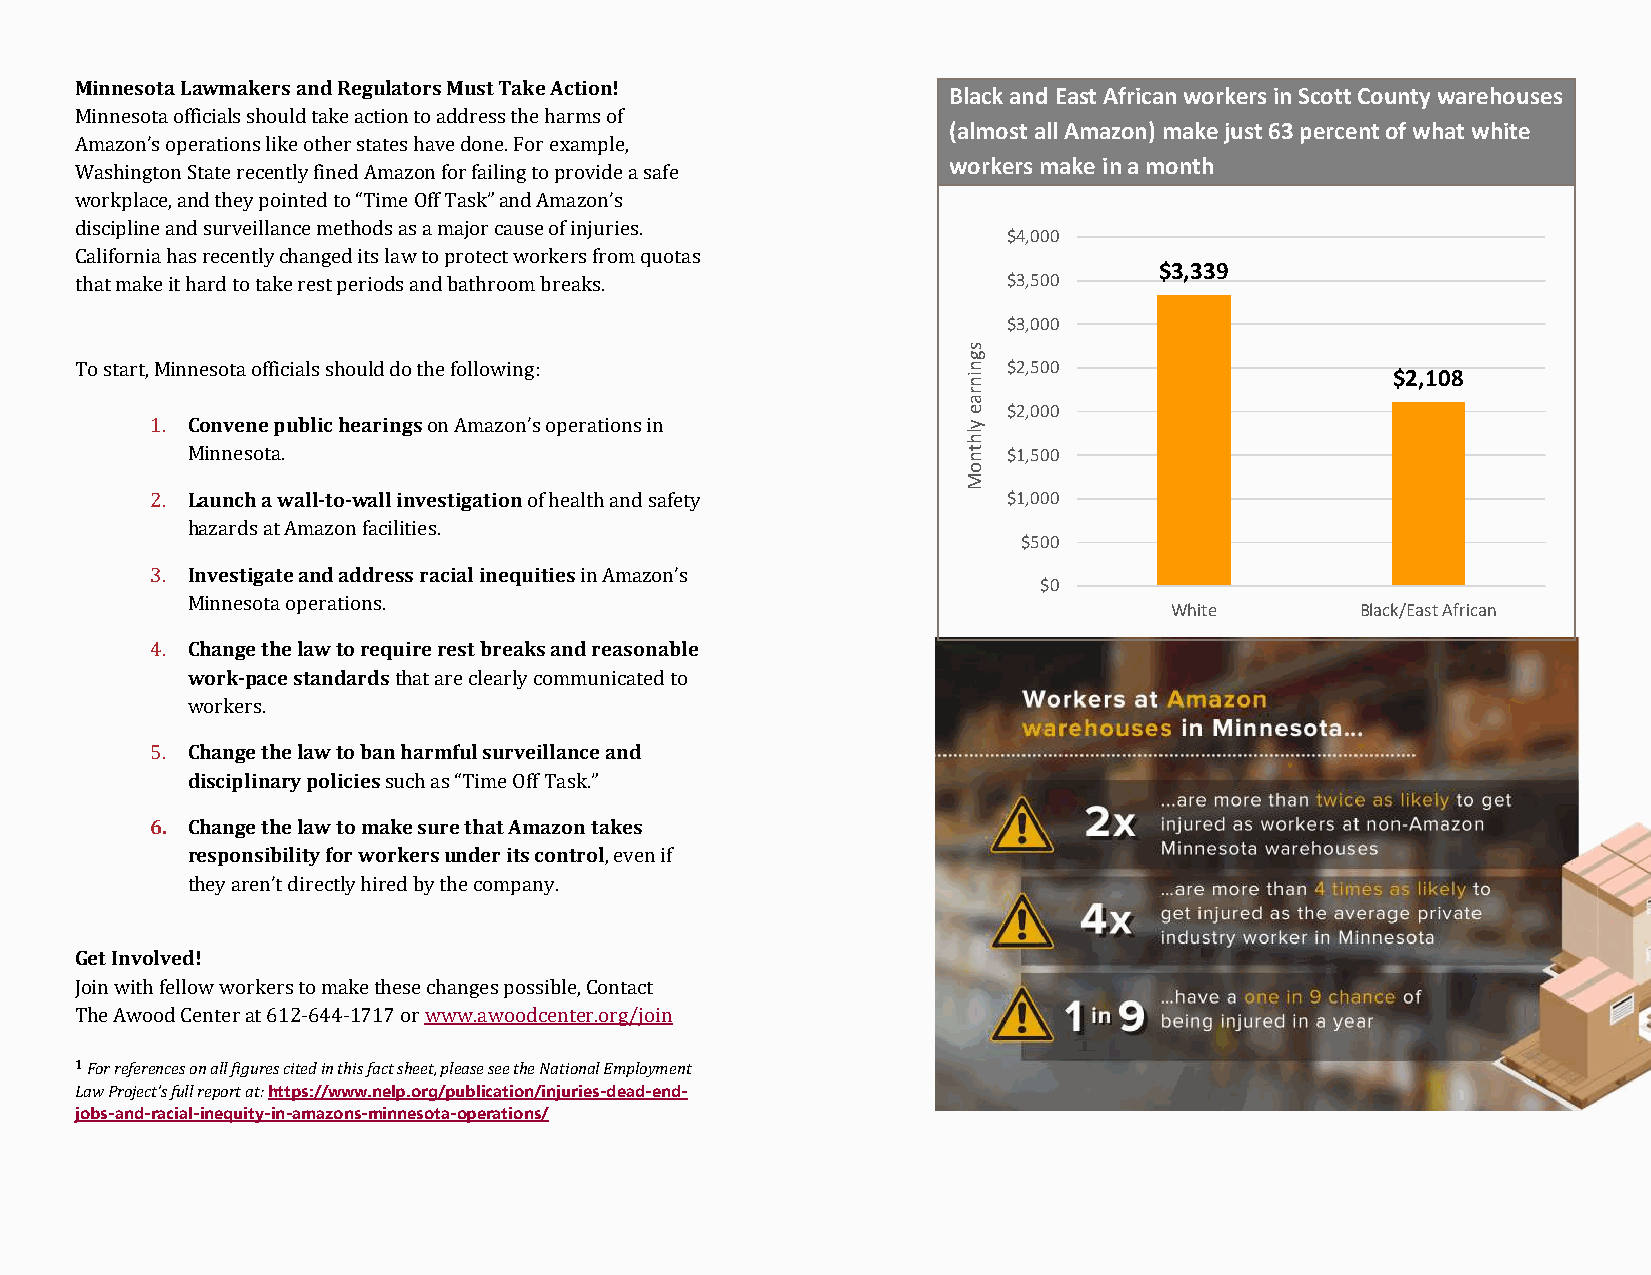
Minnesota Lawmakers and Regulators Must Take Action!      Black and East African workers in Scott County warehouses
 Minnesota officials should take action to address the harms of
 (almost all Amazon) make just 63 percent of what white
 Amazon’s operations like other states have done. For example,
 workers make in a month
 Washington State recently fined Amazon for failing to provide a safe
 workplace, and they pointed to “Time Off Task” and Amazon’s
 discipline and surveillance methods as a major cause of injuries.
 $4,000
 California has recently changed its law to protect workers from quotas
 $3,339
 that make it hard to take rest periods and bathroom breaks.   $3,500
 $3,000
 To start, Minnesota officials should do the following:        $2,500                   $2,108
 $2,000
 1. Convene public hearings on Amazon’s operations in
 Minnesota.                                             $1,500
 2. Launch a wall-to-wall investigation of health and safety $1,000
 hazards at Amazon facilities.
 $500
 3. Investigate and address racial inequities in Amazon’s
 $0
 Minnesota operations.
 White        Black/East African
 4. Change the law to require rest breaks and reasonable
 work-pace standards that are clearly communicated to
 workers.
 5. Change the law to ban harmful surveillance and
 disciplinary policies such as “Time Off Task.”
 6. Change the law to make sure that Amazon takes
 responsibility for workers under its control, even if
 they aren’t directly hired by the company.
 Get Involved!
 Join with fellow workers to make these changes possible, Contact
 The Awood Center at 612-644-1717 or www.awoodcenter.org/join
 1 For references on all figures cited in this fact sheet, please see the National Employment
 Law Project’s full report at: https://www.nelp.org/publication/injuries-dead-end-
 jobs-and-racial-inequity-in-amazons-minnesota-operations/
 sgninrae
 ylhtnoM